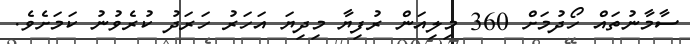
ސާމާނުތައް ހޯދުމަށް 360 މިލިއަން ރުފިޔާ މިދިޔަ އަހަރު ހަރަދު ކުރެވުނު ކަމަށެވެ.